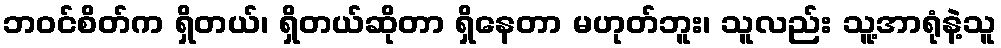
ဘဝင်စိတ်က ရှိတယ်၊ ရှိတယ်ဆိုတာ ရှိနေတာ မဟုတ်ဘူး၊ သူလည်း သူ့အာရုံနဲ့သူ